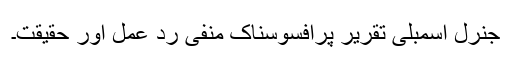
جنرل اسمبلی تقریر پرافسوسناک منفی رد عمل اور حقیقت۔